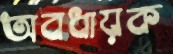
অবধায়ক